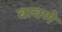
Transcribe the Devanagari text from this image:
बावणे